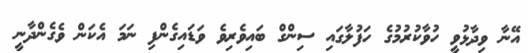
އޭނާ ވިދާޅުވީ ހުވާކުރުމުގެ ހަފުލާގައި ސިންގް ބައިވެރިވެ ވަޑައިގެންފި ނަމަ އެކަން ވެގެންދާނީ